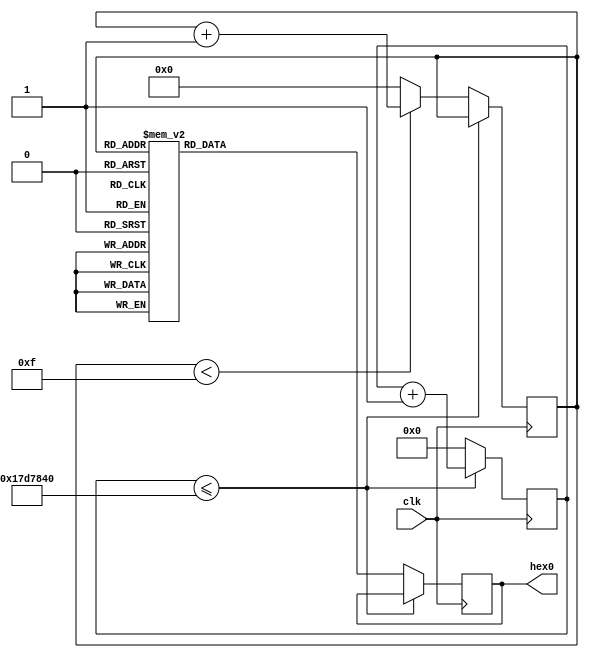
module sevenseg (input clk, output reg [6:0] hex0);

reg [31:0] counter;
reg [3:0] number;

always @ (posedge clk)
begin
	if (counter <= 25000000)
	begin
		counter <= counter + 1;
	end
	else
	begin
		counter <= 0;
		if (number < 15)
		begin
			number <= number + 1;
		end
		else
		begin
			number <= 0;
		end
		case (number)
			4'b0000 : hex0 <= ~63;	//0
			4'b0001 : hex0 <= ~6;	//1
			4'b0010 : hex0 <= ~91;	//2
			4'b0011 : hex0 <= ~79;	//3
			4'b0100 : hex0 <= ~102;	//4
			4'b0101 : hex0 <= ~109;	//5
			4'b0110 : hex0 <= ~125;	//6
			4'b0111 : hex0 <= ~7;	//7
			4'b1000 : hex0 <= ~127;	//8
			4'b1001 : hex0 <= ~103;	//9
			4'b1010 : hex0 <= ~119;	//A
			4'b1011 : hex0 <= ~124;	//b
			4'b1100 : hex0 <= ~57;	//C
			4'b1101 : hex0 <= ~94;	//d
			4'b1110 : hex0 <= ~121;	//E
			4'b1111 : hex0 <= ~113;	//F
		endcase	
	end
end

endmodule //sevenseg